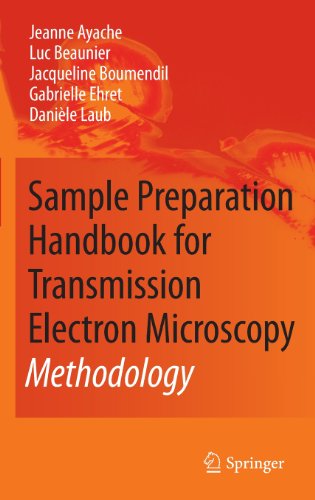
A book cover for Sample Preparation Handbook for Transmission Electron Microscopy: Methodology; Jeanne Ayache; Science & Math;